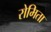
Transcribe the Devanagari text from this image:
रोमिता